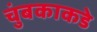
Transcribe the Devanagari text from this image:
चुंबकाकडे